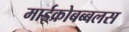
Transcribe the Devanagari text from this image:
माईक्रोबब्बलस